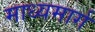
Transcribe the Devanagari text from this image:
माध्यमार्ग